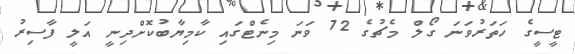
ޓީސީގެ ހަތަރުވަނަ ގޯލް މެޗުގެ 72 ވަނަ މިނެޓްގައި ކާމިޔާބުކޮށްދިނީ އަލީ ފާސިރު